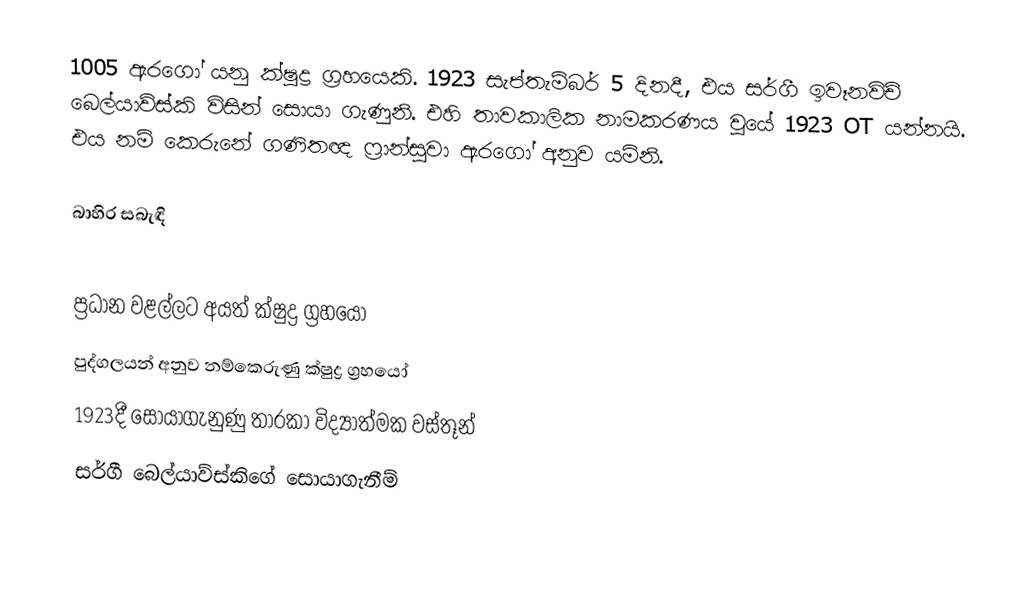
1005 ඇරගෝ යනු ක්ෂුද්‍ර ග්‍රහයෙකි. 1923 සැප්තැම්බර් 5 දිනදී, එය සර්ගී ඉවෑනවිච් බෙල්යාව්ස්කි විසින් සොයා ගැණුනි. එහි තාවකාලික නාමකරණය වූයේ 1923 OT යන්නයි. එය නම් කෙරුනේ ගණිතඥ ෆ්‍රාන්සුවා ඇරගෝ අනුව යමිනි.

බාහිර සබැඳි

ප්‍රධාන වළල්ලට අයත් ක්ෂුද්‍ර ග්‍රහයෝ
පුද්ගලයන් අනුව නම්කෙරුණු ක්ෂුද්‍ර ග්‍රහයෝ
1923දී සොයාගැනුණු තාරකා විද්‍යාත්මක වස්තූන්
සර්ගී බෙල්යාව්ස්කිගේ සොයාගැනීම්